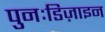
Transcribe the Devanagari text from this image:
पुनःडिज़ाइन